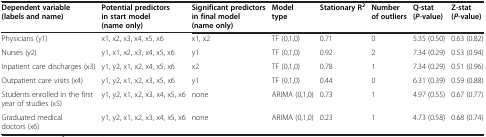
<table><thead><tr><td><b>Dependent variable (labels and name)</b></td><td><b>Potential predictors in start model (name only)</b></td><td><b>Significant predictors in final model (name only)</b></td><td><b>Model type</b></td><td><b>Stationary R<sup>2</sup></b></td><td><b>Number of outliers</b></td><td><b>Q-stat ( <i>P </i>-value)</b></td><td><b>Z-stat ( <i>P </i>-value)</b></td></tr></thead><tbody><tr><td>Physicians (y1)</td><td>x1, x2, x3, x4, x5, x6</td><td>x1, x2</td><td>TF (0,1,0)</td><td>0.71</td><td>0</td><td>5.35 (0.50)</td><td>0.63 (0.82)</td></tr><tr><td>Nurses (y2)</td><td>y1, x1, x2, x3, x4, x5, x6</td><td>y1</td><td>TF (0,1,0)</td><td>0.92</td><td>2</td><td>7.34 (0.29)</td><td>0.53 (0.94)</td></tr><tr><td>Inpatient care discharges (x3)</td><td>y1, y2, x1, x2, x4, x5, x6</td><td>x2</td><td>TF (0,1,0)</td><td>0.78</td><td>1</td><td>7.34 (0.29)</td><td>0.51 (0.96)</td></tr><tr><td>Outpatient care visits (x4)</td><td>y1, y2, x1, x2, x3, x5, x6</td><td>y1</td><td>TF (0,1,0)</td><td>0.44</td><td>0</td><td>6.31 (0.39)</td><td>0.59 (0.88)</td></tr><tr><td>Students enrolled in the first year of studies (x5)</td><td>y1, y2, x1, x2, x3, x4, x5, x6</td><td>none</td><td>ARIMA (0,1,0)</td><td>0.73</td><td>1</td><td>4.97 (0.55)</td><td>0.67 (0.77)</td></tr><tr><td>Graduated medical doctors (x6)</td><td>y1, y2, x1, x2, x3, x4, x5, x6</td><td>none</td><td>ARIMA (0,1,0)</td><td>0.23</td><td>1</td><td>4.73 (0.58)</td><td>0.68 (0.74)</td></tr></tbody></table>